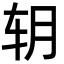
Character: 䢁